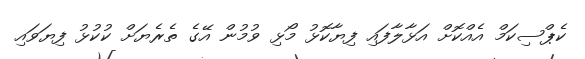
ކެޕްސިކަމް އެއްކޮށް އަޅާލާފައި ފިޔާކޮޅު މޯޅި ވުމުން އޭގެ ތެރެޔަށް ކުކުޅު ފިޔަވައި